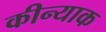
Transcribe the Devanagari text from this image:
कीन्याक